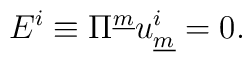
E^i \equiv \Pi^{\underline{m}} u^i_{\underline{m}} = 0.